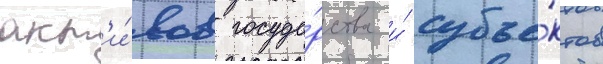
акт'и́вов госуда́рства и́ субъе́ктов